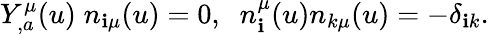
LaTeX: Y_{,a}^{\mu}(u)\; n_{\mathbf{i}\mu}(u)=0,\; \; n_{\mathbf{i}}^{\mu}(u)n_{k\mu}(u)=-\delta_{\mathbf{i}k}.